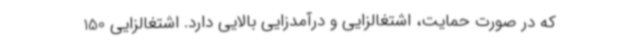
که در صورت حمایت، اشتغالزایی و درآمدزایی بالایی دارد. اشتغالزایی 150